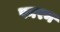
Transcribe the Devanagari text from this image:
फारन